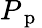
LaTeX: P_{\mathrm{~p~}}